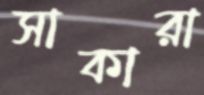
সাকারা